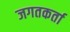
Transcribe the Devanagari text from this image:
जगतकर्ता